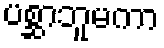
ပစ္ဆာဘူမကာ